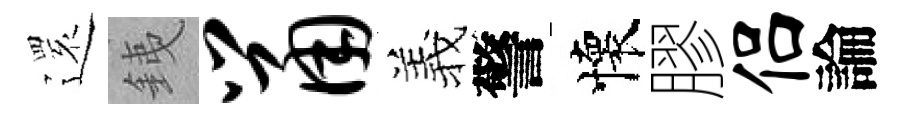
𮟃銕鼠羲警懷膠侣論